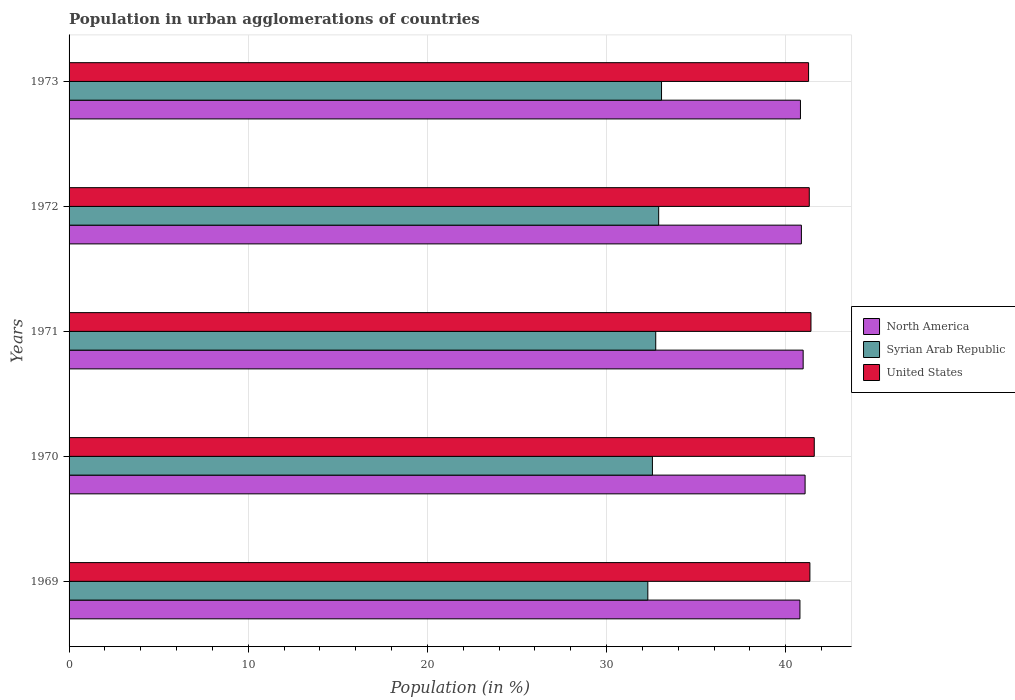
| Years | North America | Syrian Arab Republic | United States |
 | --- | --- | --- | --- |
 | 1969 | 40.8 | 32.3 | 41.4 |
 | 1970 | 41.1 | 32.6 | 41.6 |
 | 1971 | 41 | 32.7 | 41.4 |
 | 1972 | 40.9 | 32.9 | 41.3 |
 | 1973 | 40.8 | 33.1 | 41.3 |